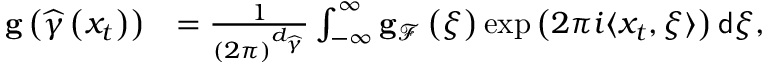
\begin{array} { r l } { \mathbf { g } \left( \widehat { \gamma } \left( x _ { t } \right) \right) } & { = \frac { 1 } { \left( 2 \pi \right) ^ { d _ { \widehat { \gamma } } } } \int _ { - \infty } ^ { \infty } \mathbf { g } _ { \mathcal { F } } \left( \xi \right) \exp \left( 2 \pi i \langle x _ { t } , \xi \rangle \right) \mathsf { d } \xi , } \end{array}